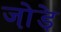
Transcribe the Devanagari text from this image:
जो़ड़े